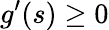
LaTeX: g^{\prime}(s)\geq 0